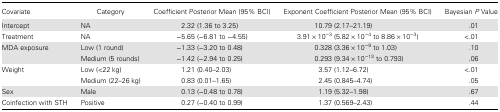
| Covariate | Category | Coefficient Posterior Mean (95% BCI) | Exponent Coefficient Posterior Mean (95% BCI) | Bayesian P Value |
 | --- | --- | --- | --- | --- |
 | Intercept | NA | 2.32 (1.36 to 3.25) | 10.79 (2.17–21.19) | .01 |
 | Treatment | NA | −5.65 (−6.81 to −4.55) | 3.91 × 10−3 (5.82 × 10−4 to 8.86 × 10−3) | <.01 |
 | MDA exposure | Low (1 round) | −1.33 (−3.20 to 0.48) | 0.328 (3.36 × 10−9 to 1.03) | .10 |
 |  | Medium (5 rounds) | −1.42 (−2.94 to 0.25) | 0.293 (9.34 × 10−13 to 0.793) | .06 |
 | Weight | Low (<22 kg) | 1.21 (0.40–2.03) | 3.57 (1.12–6.72) | <.01 |
 |  | Medium (22–26 kg) | 0.83 (0.01–1.65) | 2.45 (0.845–4.74) | .05 |
 | Sex | Male | 0.13 (−0.48 to 0.78) | 1.19 (5.32–1.98) | .67 |
 | Coinfection with STH | Positive | 0.27 (−0.40 to 0.99) | 1.37 (0.569–2.43) | .44 |